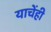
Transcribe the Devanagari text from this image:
याचेंही